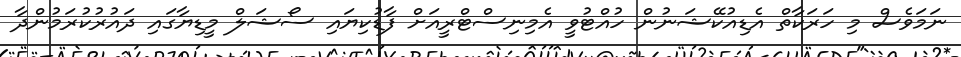
ނަމަވެސް މި ހަރަކާތް އެޑިއުކޭޝަނުން ހުއްޓުވީ އެމިނިސްޓްރީއަށް ފާޑުކިޔައި ސޯޝަލް މީޑިޔާގައި ދައުރުކުރަމުންދާ